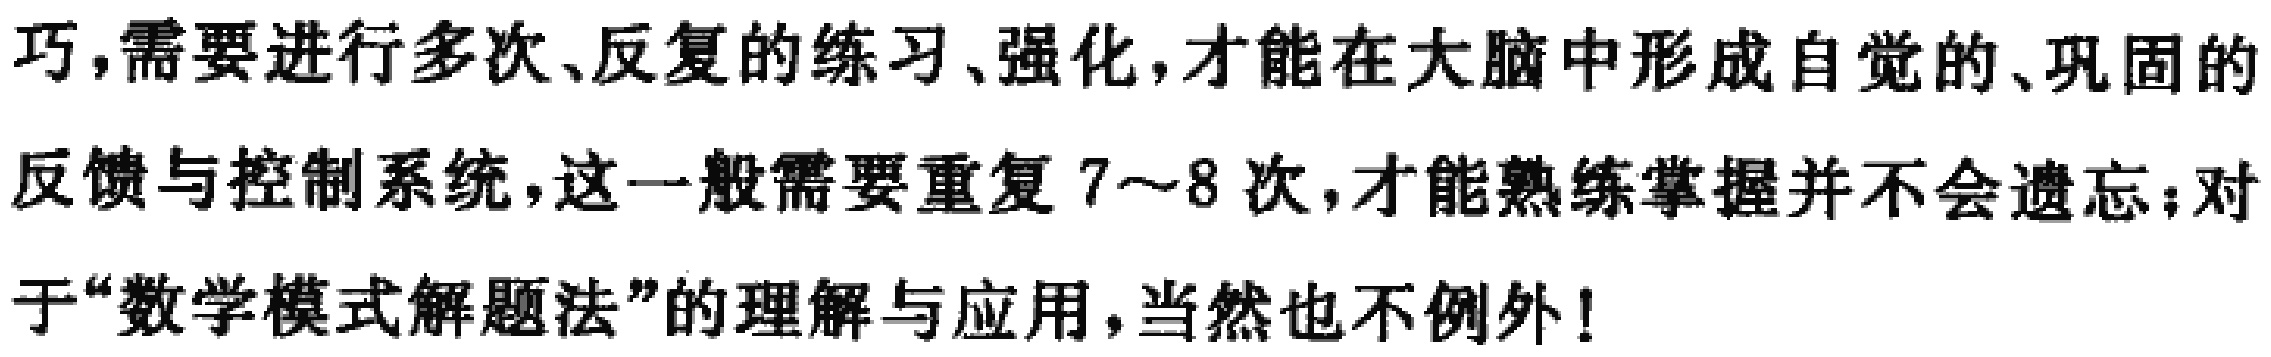
巧,需要进行多次、反复的练习、强化,才能在大脑中形成自觉的、巩固的反馈与控制系统,这一般需要重复7～8次,才能熟练掌握并不会遗忘；对于“数学模式解题法”的理解与应用,当然也不例外!